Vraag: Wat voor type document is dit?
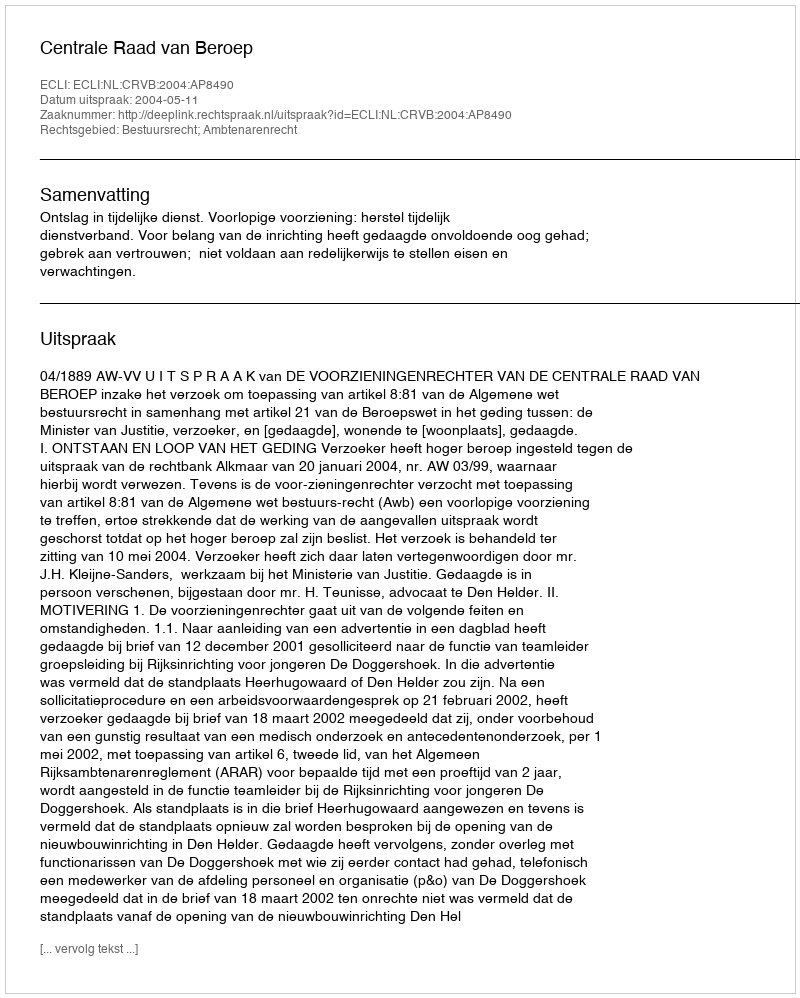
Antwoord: Uitspraak